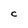
Character: c